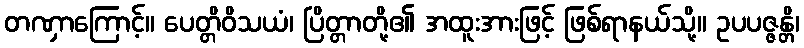
တဏှာကြောင့်။ ပေတ္တိဝိသယံ၊ ပြိတ္တာတို့၏ အထူးအားဖြင့် ဖြစ်ရာနယ်သို့။ ဥပပဇ္ဇန္တိ၊